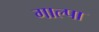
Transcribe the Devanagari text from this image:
गाल्पा